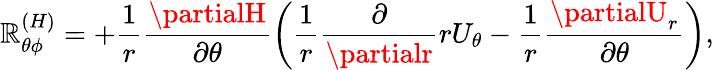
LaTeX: {\cal{\mathbb{R}}}_{\theta\phi}^{(H)}=+\frac{{1}}{{r}}\frac{{\partialH}}{{\partial\theta}}\left({\frac{{1}}{{r}}\frac{{\partial}}{{\partialr}}rU_{\theta}-\frac{{1}}{{r}}\frac{{\partialU_{r}}}{{\partial\theta}}}\right),